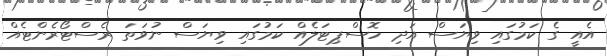
އެއީ ގެ ކަމުގައި ވިޔަސް އަދި ހޮސްޕިޓަލެއް ކަމުގައި ވިޔަސް ނުވަތަ ރެސްޓޯރެންޓެއް